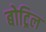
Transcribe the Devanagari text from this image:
बोट्रिल